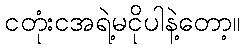
ငတုံးငအရဲ့မငိုပါနဲ့တော့။